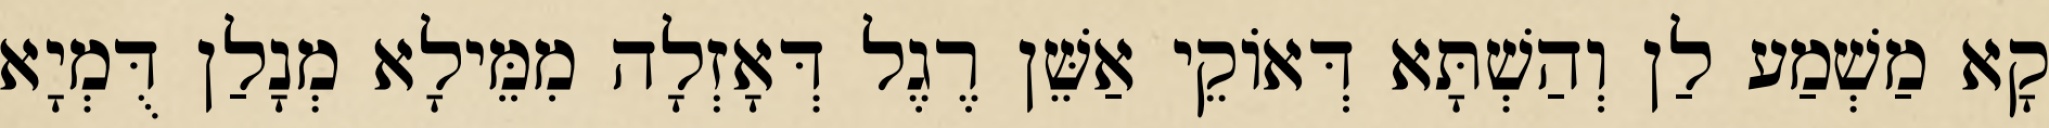
קָא מַשְׁמַע לַן וְהַשְׁתָּא דְּאוֹקֵי אַשֵּׁן רֶגֶל דְּאָזְלָה מִמֵּילָא מְנָלַן דֻּמְיָא